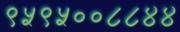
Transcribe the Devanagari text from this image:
९५९५००८८४४